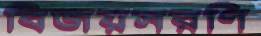
বিজয়সরণি